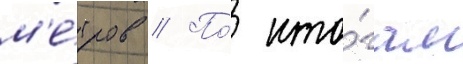
м'е́тров // По́ ито́гам